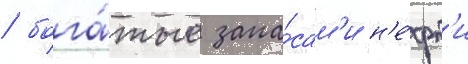
/ бога́тые запа́сам'и н'е́фт'и